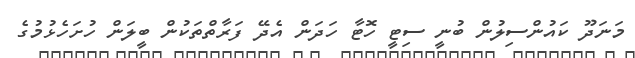
މަނަދޫ ކައުންސިލުން ބުނީ ސިޓީ ހޮޓާ ހަދަން އެދޭ ފަރާތްތަކުން ބީލަން ހުށަހެޅުމުގެ